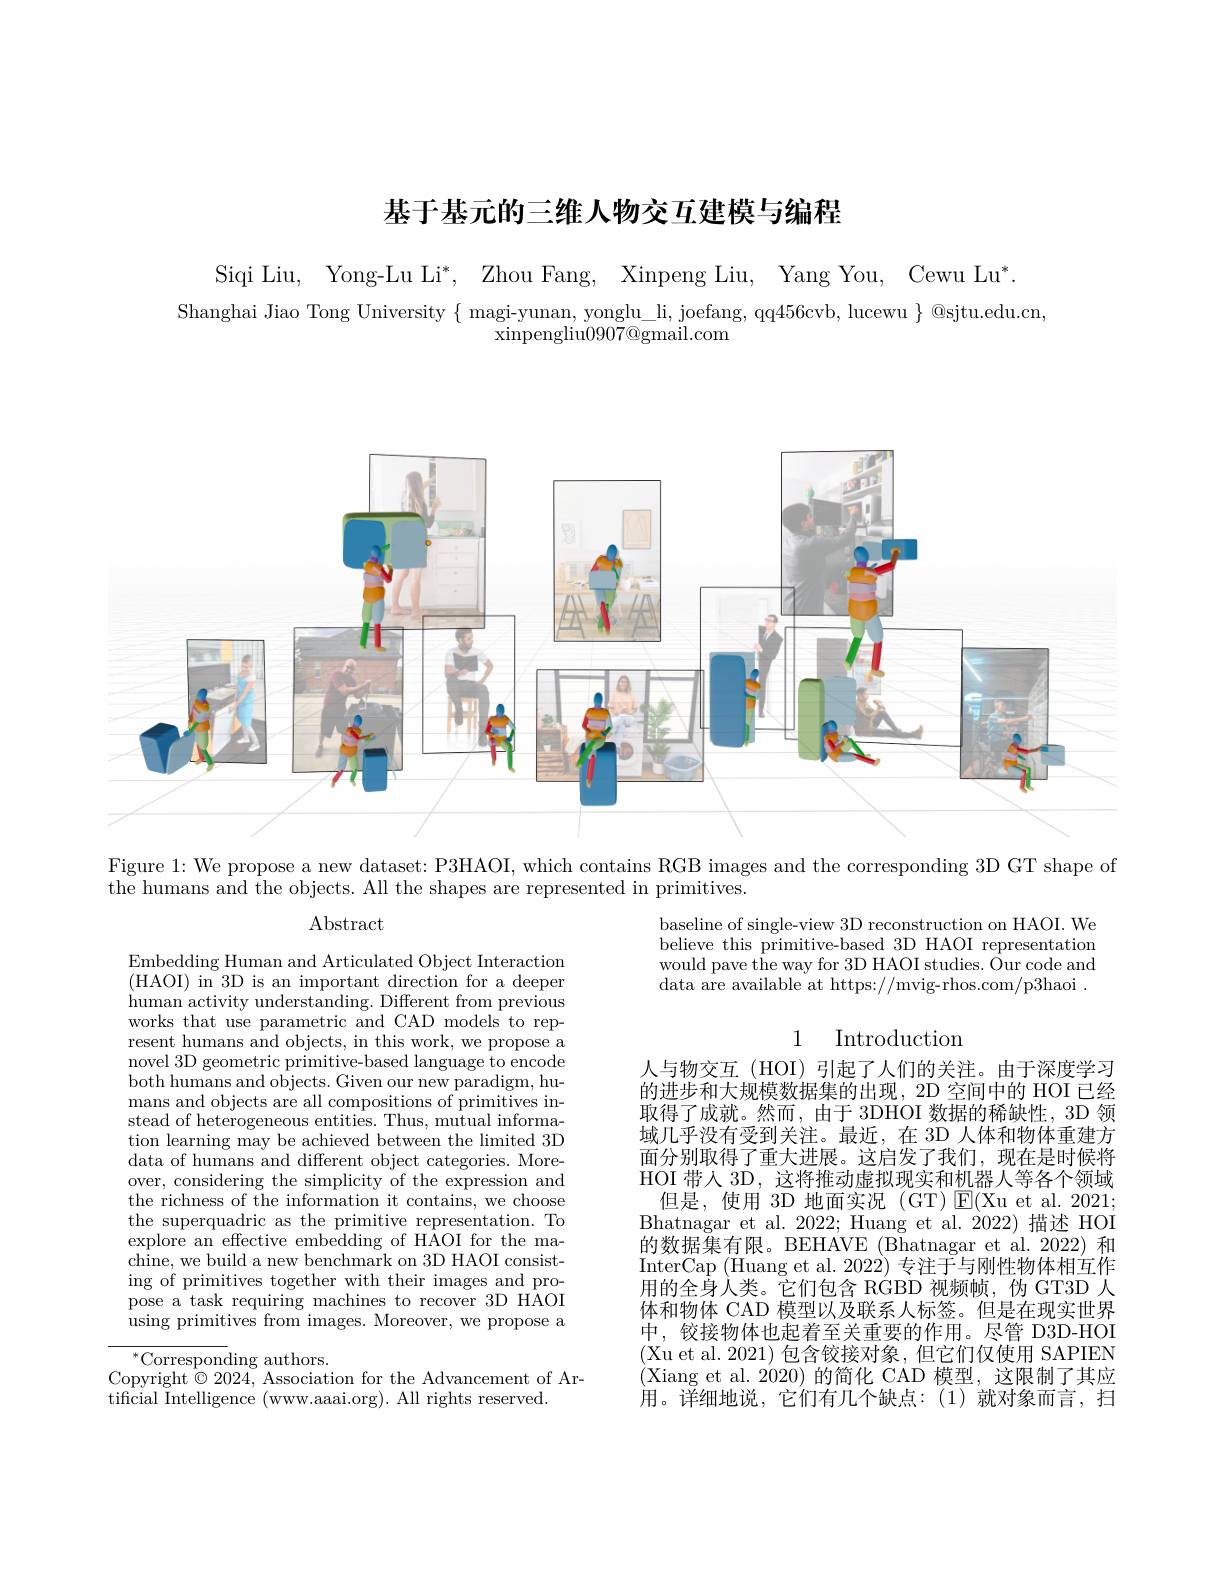
基于基元的三维人物交互建模与编程

Siqi Liu, Yong-Lu Li*, Zhou Fang, Xinpeng Liu, Yang You, Cewu Lu*
Shanghai Jiao Tong University $\{$ magi-yunan, yonglu\_li, joefang, qq456cvb, lucewu $\}$ @sjtu.edu.cn,
$\operatorname{xinpengliu}0907@$gmail.com

<FigureHere>
Figure 1: We propose a new dataset: P3HAOI, which contains RGB images and the corresponding 3D GT shape of

the humans and the objects. All the shapes are represented in primitives.

Abstract

baseline of single-view 3D reconstruction on HAOI. We believe this primitive-based 3D HAOI representatiom would pave the way for 3D HAOI studies. $\bar{\text{Our code and}}$ $\hat{\text{data are available at https://mvig-rhos.com/p3haoi}}.$

Embedding Human and Articulated Object Interaction (HAOI) in 3D is an important direction for a deeper human activity understanding. Different from previous works that use parametric and CAD models to represent humans and objects, in this work, we propose a novel 3D geometric primitive-based language to encode $\bar{\text{both humans and objects. Given our new paradigm, hu-}}$ mans and objects are all compositions of primitives instead of heterogeneous entities. Thus, mutual information learning may be achieved between the limited 3D data of humans and different object categories. Moreover, considering the simplicity of the expression and the richness of the information it contains, we choose the superquadric as the primitive representation. To explore an effective embedding of HAOI for the machine, we build a new benchmark on 3D HAOI consisting of primitives together with their images and propose a task requiring machines to recover 3D HAOI using primitives from images. Moreover, we propose a

1
Introduction
人与物交互(HOI)引起了人们的关注。由于深度学习的进步和大规模数据集的出现，2D 空间中的 HOI 已经取得了成就。然而，由于 3DHOI 数据的稀缺性，3D 领域几乎没有受到关注。最近，在 3D 人体和物体重建方面分别取得了重大进展。这启发了我们，现在是时候将HOI 带人 3D, 这将推动虚拟现实和机器人等各个领域
但是，使用 3D 地面实况 (GT) $\operatorname{E}($Xu et al. 2021; Bhatnagar et al. 2022; Huang et al. 2022) 描述 HOI 的数据集有限。BEHAVE (Bhatnagar et al.2022) 和InterCap (Huang et al. 2022) 专注于与刚性物体相互作用的全身人类。它们包含 RGBD 视频帧，伪 GT3D 人体和物体 CAD 模型以及联系人标签。但是在现实世界中，铰接物体也起着至关重要的作用。尽管 D3D-HOI (Xu et al. 2021)包含铰接对象，但它们仅使用 SAPIEN (Xiang et al. 2020)的简化 CAD 模型，这限制了其应用。详细地说，它们有几个缺点：(1)就对象而言，扫

$^{*}$Corresponding authors.
Copyright $\odot2024$, Association for the Advancement of Ar-
tificial Intelligence (www.aaai.org). All rights reserved.